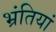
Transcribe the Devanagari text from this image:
भ्रंतियां